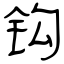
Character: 钩